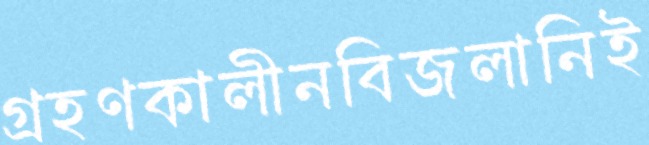
গ্রহণকালীনবিজলানিই